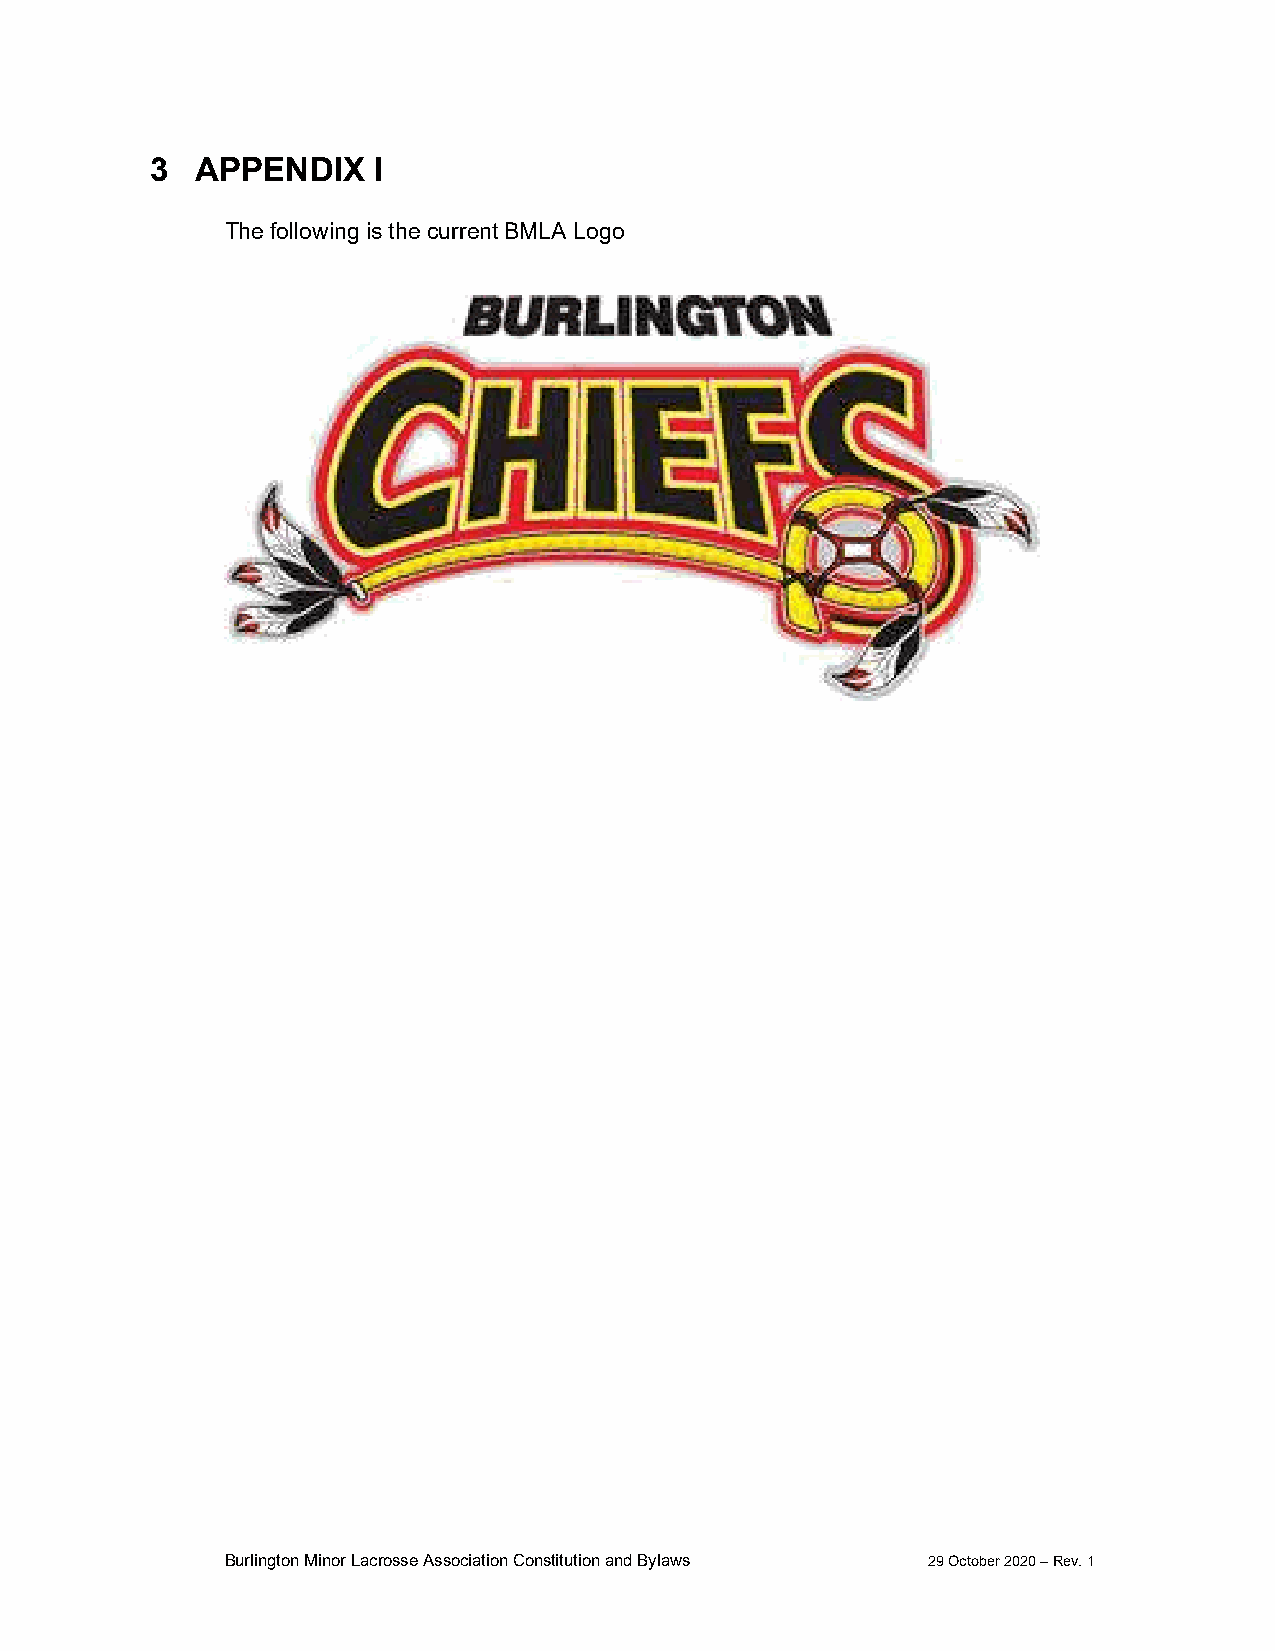
3  APPENDIX    I
 The following is the current BMLA Logo
 Burlington Minor Lacrosse Association Constitution and Bylaws 29 October 2020 – Rev. 1